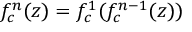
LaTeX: f _ { c } ^ { n } ( z ) = f _ { c } ^ { 1 } ( f _ { c } ^ { n - 1 } ( z ) )